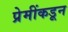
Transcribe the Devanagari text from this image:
प्रेमींकडून